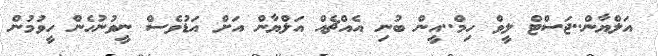
އަލްޔާން..ޖަސްޓް ލީވް ހިމް..އީން ބުނި އެއްޗެއް އަލްޔާން އަށް އަޑުވެސް ނީވުނުހެން ހީވުމުން